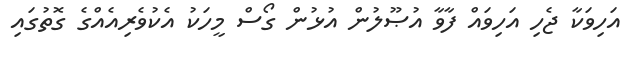
އަހިވަކާ ޖެހި އަހިވައް ފާވާ އުޞޫލުން އުޅުން ގޯސް މީހަކު އެކުވެރިއެއްގެ ގޮތުގައި